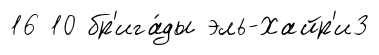
16 10 бр'ига́ды эль-Хайр'и3